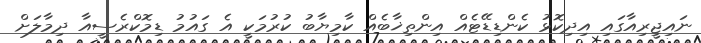
ނައިޖީރިއާގައި އިދިކޮޅު ކެންޑިޑޭޓެއް އިންތިޚާބެއް ކާމިޔާބު ކުރުމަކީ އެ ގައުމު ޑިމޮކްރެސީއާ ދިމާލަށް